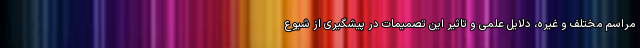
مراسم مختلف و غیره، دلایل علمی و تاثیر این تصمیمات در پیشگیری از شیوع